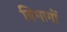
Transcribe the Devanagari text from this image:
बिभागों